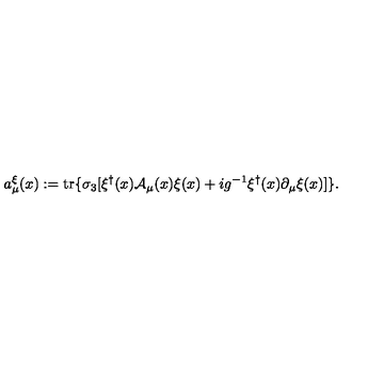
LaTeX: a _ { \mu } ^ { \xi } ( x ) : = \mathrm { t r } \{ \sigma _ { 3 } [ \xi ^ { \dagger } ( x ) { \cal A } _ { \mu } ( x ) \xi ( x ) + i g ^ { - 1 } \xi ^ { \dagger } ( x ) \partial _ { \mu } \xi ( x ) ] \} .